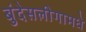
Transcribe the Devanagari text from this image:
बुंदेसलीगामधे